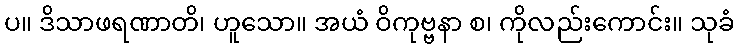
ပ။ ဒိသာဖရဏာတိ၊ ဟူသော။ အယံ ဝိကုဗ္ဗနာ စ၊ ကိုလည်းကောင်း။ သုခံ